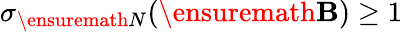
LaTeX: \sigma_{\ensuremath{N}}(\ensuremath{\mathbf{B}})\geq 1